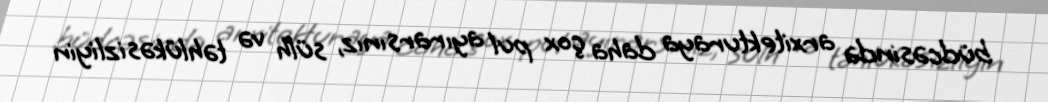
büdcəsində arxitekturaya daha çox pul ayırarsınız, sülh və təhlükəsizliyin